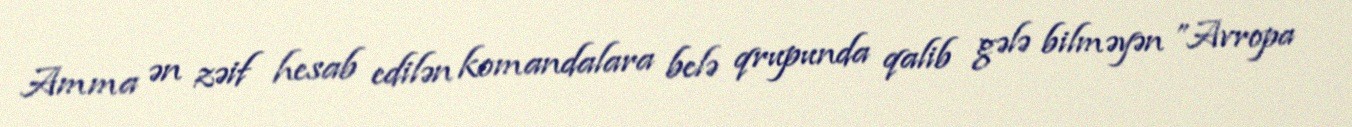
Amma ən zəif hesab edilən komandalara belə qrupunda qalib gələ bilməyən ”Avropa